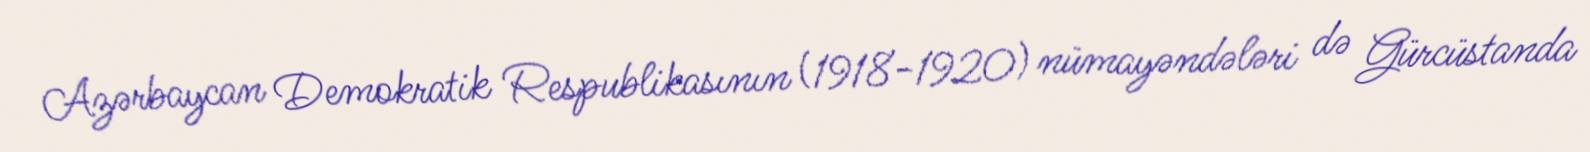
Azərbaycan Demokratik Respublikasının (1918-1920) nümayəndələri də Gürcüstanda